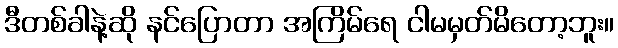
ဒီတစ်ခါနဲ့ဆို နင်ပြောတာ အကြိမ်ရေ ငါမမှတ်မိတော့ဘူး။